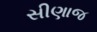
સીણાજ